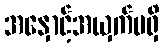
အနှောင့်အယှက်မရှိ